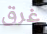
غرق